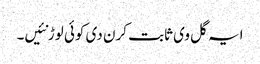
ایہ گل وی ثابت کرن دی کوئی لوڑ نئیں۔